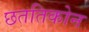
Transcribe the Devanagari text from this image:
छततिकोन